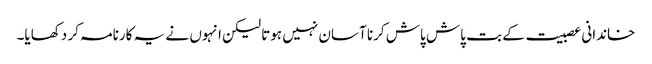
خاندانی عصبیت کے بت پاش پاش کرنا آسان نہیں ہوتا لیکن انہوں نے یہ کارنامہ کر دکھایا۔